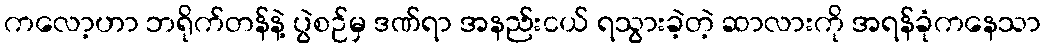
ကလော့ဟာ ဘရိုက်တန်နဲ့ ပွဲစဉ်မှ ဒဏ်ရာ အနည်းငယ် ရသွားခဲ့တဲ့ ဆာလားကို အရန်ခုံကနေသာ